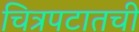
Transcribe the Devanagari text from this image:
चित्रपटातची